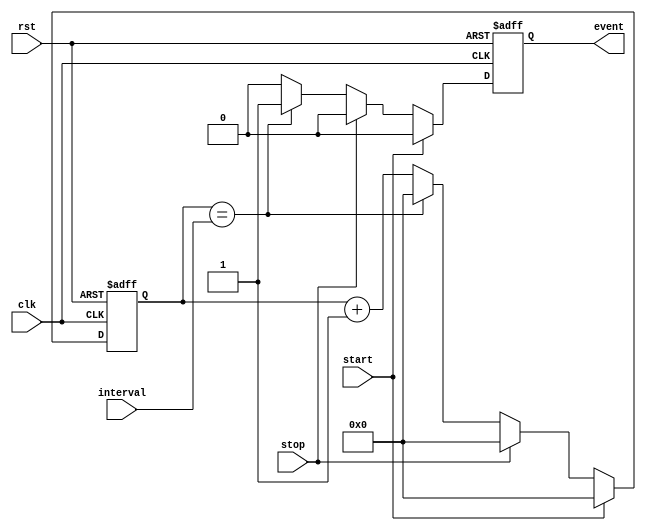
module event_timer (
    input wire clk,
    input wire rst,
    input wire start,
    input wire stop,
    input wire [7:0] interval,
    output reg event
);

reg [7:0] count;

always @(posedge clk or posedge rst) begin
    if (rst) begin
        count <= 8'd0;
        event <= 1'b0;
    end else if (start) begin
        count <= 8'd0;
        event <= 1'b0;
    end else if (stop) begin
        count <= 8'd0;
        event <= 1'b0;
    end else begin
        if (count == interval) begin
            count <= 8'd0;
            event <= 1'b1;
        end else begin
            count <= count + 1;
            event <= 1'b0;
        end
    end
end

endmodule